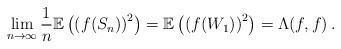
LaTeX: \begin{align*}\lim_{n \rightarrow \infty} \frac 1 n {\mathbb E}\left ( \left ( f(S_n) \right)^2 \right) = {\mathbb E}\left ( \left ( f(W_1) \right)^2 \right) = \Lambda(f,f) \, .\end{align*}